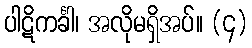
ပါဋိကင်္ခါ၊ အလိုမရှိအပ်။ (၄)